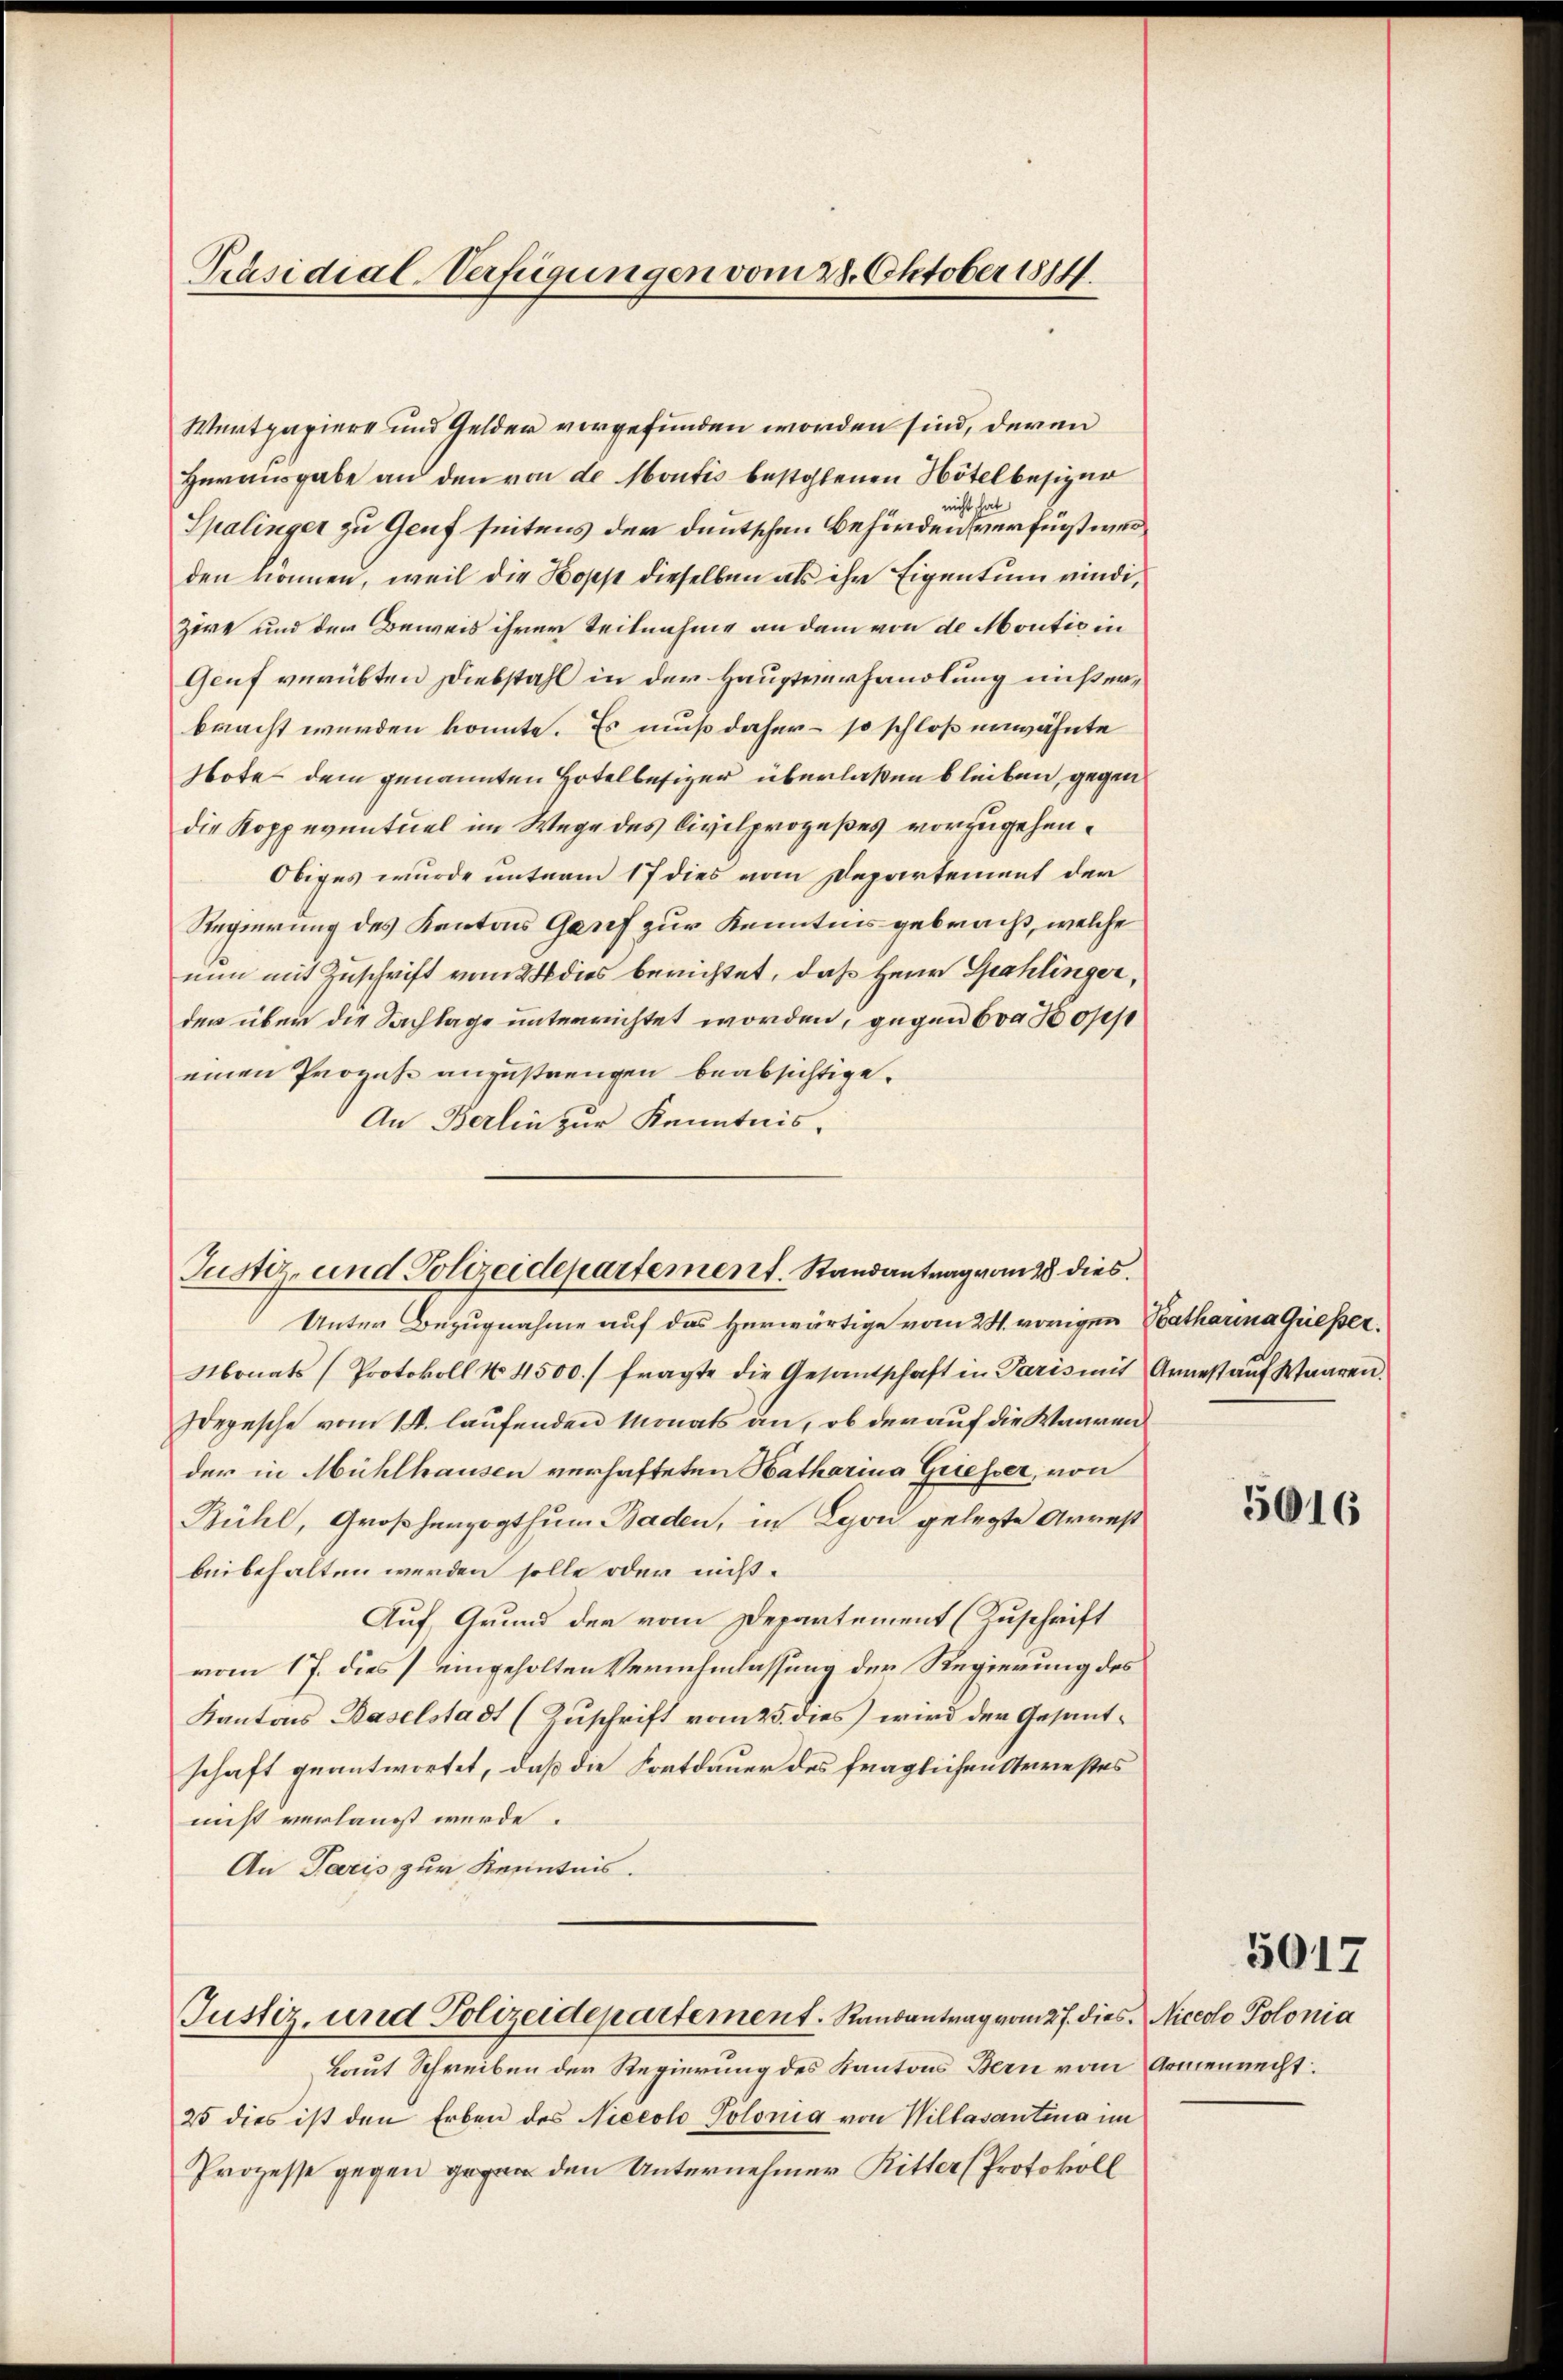
Präsidial-Verfügungen vom 28. Oktober 1814.

Wertpapiere und Gelder vorgefunden worden sind, deren
Herausgabe an den von de Montis bestohlenen Nötelbesizer
Spalinger zu Genf seitens der deutschen Behörden verfügt wer
den können, weil die Kopp dieselben als ihr Eigentum vindi¬
Zöre und den Beweis ihrer Teilnahme an dem von de Montic in
Genf verübten Diebstahl in der Hauptverhandlung miserbracht werden konnte. Es muß daher – so schloß unwähnte
Note dem genannten Hotelbesizer überlaßen bleiben, gegen
die Kopp eventuel im Wege des Civilprozeßes vorzugehen¬
Obiges wurde unterm 17 dies vom Departement der
Regierung des Kantons Genf zur Kenntnis gebracht, welche
nun mit Zuschrift vom 24 dies berichtet, daß Herrn Spahlinger,
den über die Sachlage unterrichtet worden, gegen 600 dopp
einen Prozeße anzustrengen beabsichtige.
An Berlin zur Kenntnis-
Justiz- und Polizeidepartement. Randantrag vom 28 dies
Unter Bezugnahme auf das herwärtige vom 28. vorigen Katharina Gießer.
Monats (Protokoll No 4500. fragte die Gesandschaft in Paris mit Arnest aŭf Waaren.
Idepesche vom 14. laufenden Monats an, ob darauf die Waaren
der in Mühlhausen verhafteten Hatharina Griesser, von
Bühl, Großherzogthum Baden, in Lyon gelegte Arrest
beibehalten werden solle oder nicht.
Auf Grund der vom Departement (Zuschrift
vom 17. dies / eingeholten Vernehmlassung der Regierung des
Kantons Baselstadt (Zuschrift vom 25. dies wird der Gesantschaft geantwortet, daß die Fortdauer des fraglichen Arrestes
nicht verlangt werde.
An Paris zur Kenntnis.

Laut Schreiben der Regierung des Kantons Bern vom Armenrecht.
25 dies ist den Erben des Niecolo Polonig von Willasantina im
Prozesse gegen gegen den Unternehmer Ritter (Protokoll

Justiz- und Polizeidepartement. Raubantrag vom 27. dies Nicolo Polonia

5016

5017